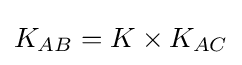
K_{AB}=K\times K_{AC}